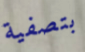
بتصفية